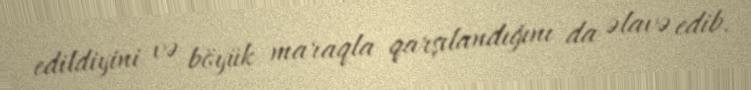
edildiyini və böyük maraqla qarşılandığını da əlavə edib.